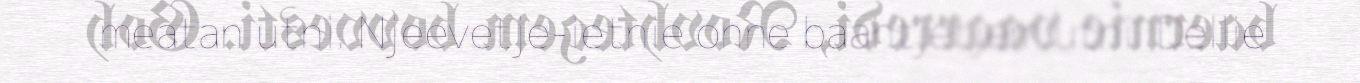
meatan utni. Njeevetje-ietnie onne baahtjetjem utni. Dellie